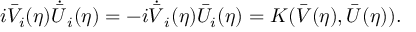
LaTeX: i \bar { V } _ { i } ( \eta ) \dot { \bar { U } } _ { i } ( \eta ) = - i \dot { \bar { V } } _ { i } ( \eta ) \bar { U } _ { i } ( \eta ) = K ( \bar { V } ( \eta ) , \bar { U } ( \eta ) ) .